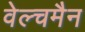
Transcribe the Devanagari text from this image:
वेल्चमैन